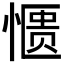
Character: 𫺹